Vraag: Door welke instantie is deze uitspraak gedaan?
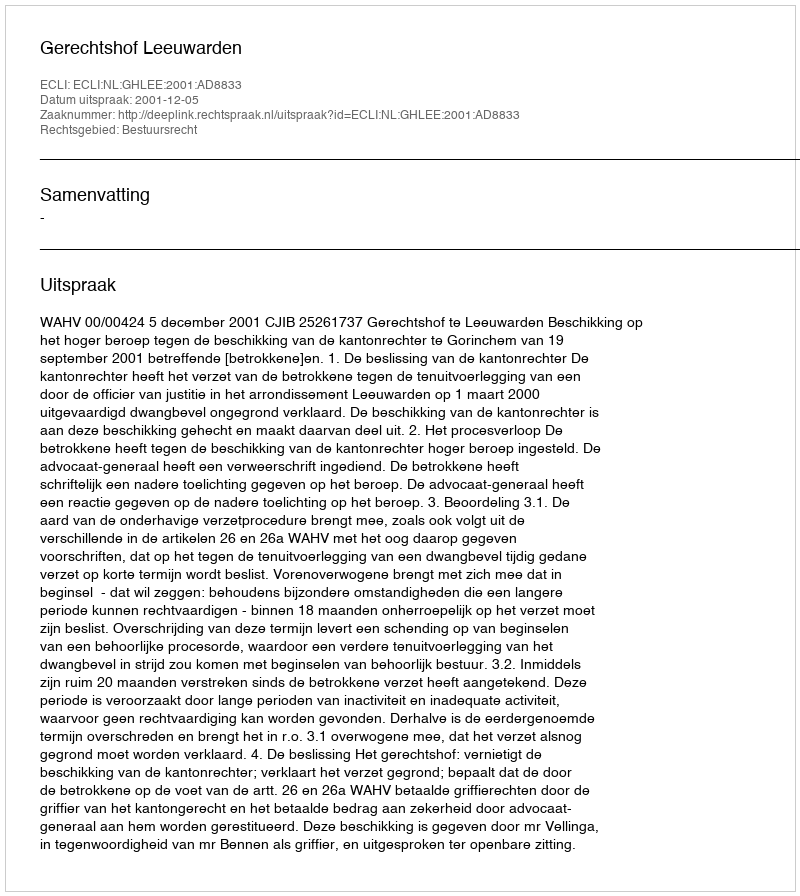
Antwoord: Gerechtshof Leeuwarden